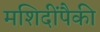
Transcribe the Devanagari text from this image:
मशिदींपैकी